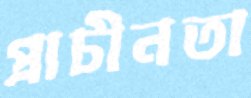
প্রাচীনতা